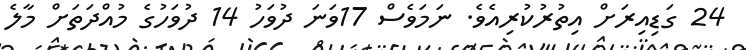
24 ގަޑިއިރަށް އިތުރުކުރިއެވެ. ނަމަވެސް 17ވަނަ ދުވަހު 14 ދުވަހުގެ މުއްދަތަށް މާލެ